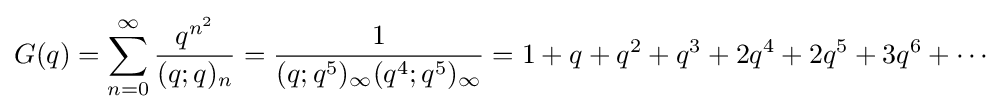
G(q)=\sum _{n=0}^{\infty }{\frac {q^{n^{2}}}{(q;q)_{n}}}={\frac {1}{(q;q^{5})_{\infty }(q^{4};q^{5})_{\infty }}}=1+q+q^{2}+q^{3}+2q^{4}+2q^{5}+3q^{6}+\cdots